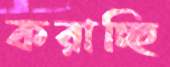
করাচ্ছি